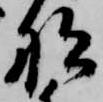
船